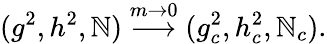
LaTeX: (g^{2},h^{2},\mathbb{N})\stackrel{m\rightarrow0}{\longrightarrow}(g_{c}^{2},h_{c}^{2},\mathbb{N}_{c}).